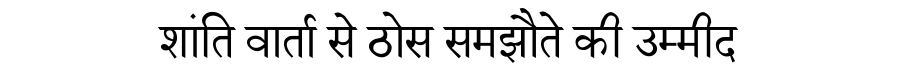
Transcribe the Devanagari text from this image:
शांति वार्ता से ठोस समझौते की उम्मीद